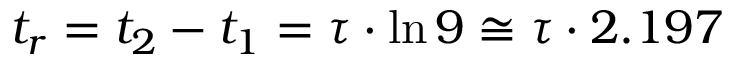
t _ { r } = t _ { 2 } - t _ { 1 } = \tau \cdot \ln 9 \cong \tau \cdot 2 . 1 9 7